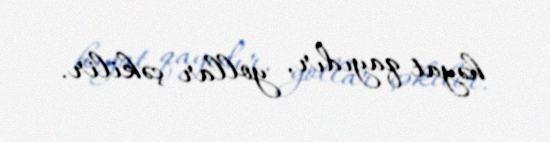
həyat qayıdır, yollar çəkilir.